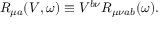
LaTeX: R _ { \mu a } ( V , \omega ) \equiv V ^ { b \nu } R _ { \mu \nu a b } ( \omega ) .